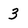
Character: 3